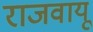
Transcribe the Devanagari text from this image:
राजवायू